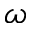
\omega